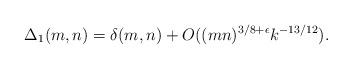
LaTeX: \begin{align*} \Delta_1(m,n)= \delta(m,n) +O((mn)^{3/8+\epsilon} k^{-13/12}).\end{align*}